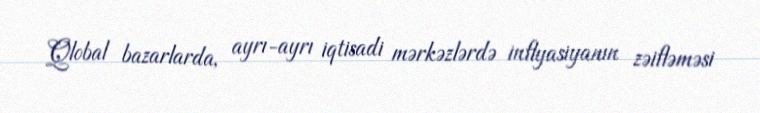
Qlobal bazarlarda, ayrı-ayrı iqtisadi mərkəzlərdə inflyasiyanın zəifləməsi